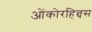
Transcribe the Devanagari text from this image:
ओंकोरहिन्चस